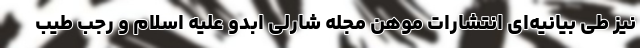
نیز طی بیانیه‌ای انتشارات موهن مجله شارلی ابدو علیه اسلام و رجب طیب